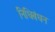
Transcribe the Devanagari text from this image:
निधिबंधन